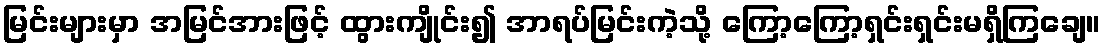
မြင်းများမှာ အမြင်အားဖြင့် ထွားကျိုင်း၍ အာရပ်မြင်းကဲ့သို့ ကြော့ကြော့ရှင်းရှင်းမရှိကြချေ။